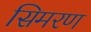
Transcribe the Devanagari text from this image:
सिमरण